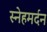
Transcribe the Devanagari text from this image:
स्नेहमर्दन